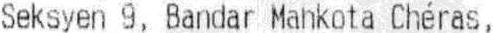
SEKSYEN 9, BANDAR MAHKOTA CHERAS,